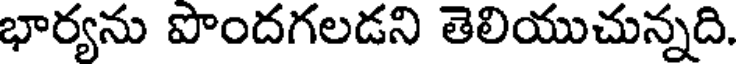
భార్యను పొందగలడని తెలియుచున్నది.